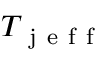
T _ { \mathrm { ~ j ~ e ~ f ~ f ~ } }